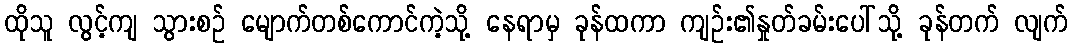
ထိုသူ လွင့်ကျ သွားစဉ် မျောက်တစ်ကောင်ကဲ့သို့ နေရာမှ ခုန်ထကာ ကျဉ်း၏နှုတ်ခမ်းပေါ်သို့ ခုန်တက် လျက်